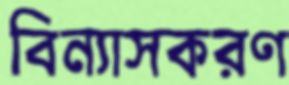
বিন্যাসকরণ